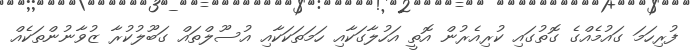
ފުރިހަމަ ގައުމެއްގެ ގޮތުގައި ކުރިއެރުން އޮތީ އަހުލާގަކާއި ހަމަތަކަކާއި އުސޫލްތައް ގަބޫލުކުރާ ޒުވާނުންތަކެއް